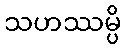
သဟဿမ္ပိ